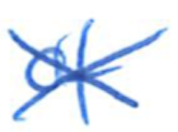
Text: of
Cross-out: cross
Writing tool: ballpoint